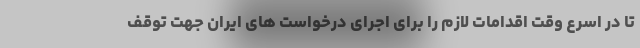
تا در اسرع وقت اقدامات لازم را برای اجرای درخواست های ایران جهت توقف